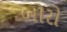
બોરો